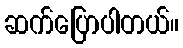
ဆက်ပြောပါတယ်။